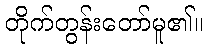
တိုက်တွန်းတော်မူ၏။